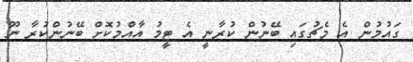
ގައުމުން އެ މެޗުގައި ބޭނުން ކުރާނީ އެ ޓީމު އާއްމުކޮށް ބޭނުންކުރާ ނޫ